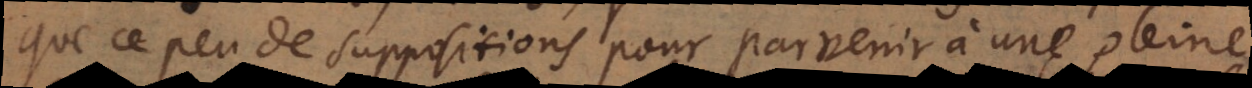
que ce peu de suppositions pour parvenir à une pleine